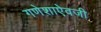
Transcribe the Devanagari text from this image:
गणेशाऐवजी